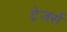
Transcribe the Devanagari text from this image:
ट्रेजर्स